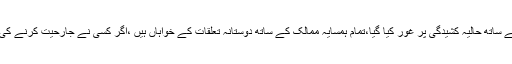
سفراء کانفرنس میں وسط ایشیائی ممالک کے ساتھ تعلقات اور بھارت کے ساتھ حالیہ کشیدگی پر غور کیا گیا،تمام ہمسایہ ممالک کے ساتھ دوستانہ تعلقات کے خواہاں ہیں ،اگر کسی نے جارحیت کرنے کی کوشش کی تو پاکستان اپنی خود مختاری پر کوئی سمجھوتہ نہیں کریگا۔